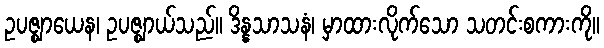
ဥပဇ္ဈာယေန၊ ဥပဇ္ဈာယ်သည်။ ဒိန္နသာသနံ၊ မှာထားလိုက်သော သတင်းစကားကို။